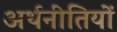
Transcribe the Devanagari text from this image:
अर्थनीतियों